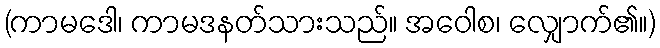
(ကာမဒေါ၊ ကာမဒနတ်သားသည်။ အဝေါစ၊ လျှောက်၏။)